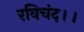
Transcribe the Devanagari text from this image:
रविचंद।।